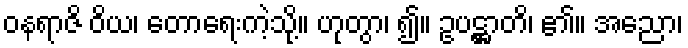
ဝနရာဇိ ဝိယ၊ တောရေးကဲ့သို့။ ဟုတွာ၊ ၍။ ဥပဋ္ဌာတိ၊ ၏။ အညော၊